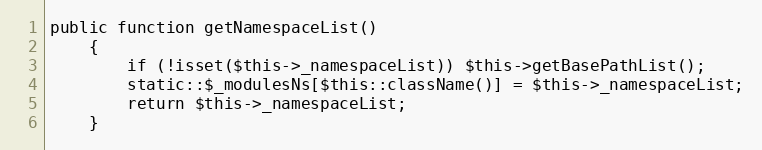
Language: PHP
public function getNamespaceList()
    {
        if (!isset($this->_namespaceList)) $this->getBasePathList();
        static::$_modulesNs[$this::className()] = $this->_namespaceList;
        return $this->_namespaceList;
    }